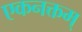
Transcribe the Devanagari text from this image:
एकनक्तम्